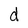
Character: d